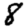
Digit: 8